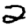
Digit: 2